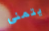
يتمنى